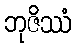
ဘုဇိဿံ